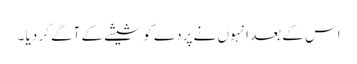
اس کے بعد انہوں نے پردے کو شیشے کے آگے کر دیا ۔